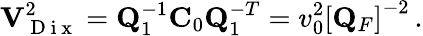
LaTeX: {\mathbf V}_{\mathrm{~D~i~x~}}^{2}={\mathbf Q}_{1}^{-1}{\mathbf C}_{0}{\mathbf Q}_{1}^{-T}=v_{0}^{2}\left[{\mathbf Q}_{F}\right]^{-2}\, .